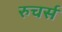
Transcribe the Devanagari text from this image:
रुचर्स